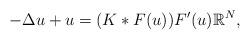
LaTeX: \begin{align*}-\Delta u+u=(K\ast F(u))F'(u)\mathbb{R}^N,\end{align*}